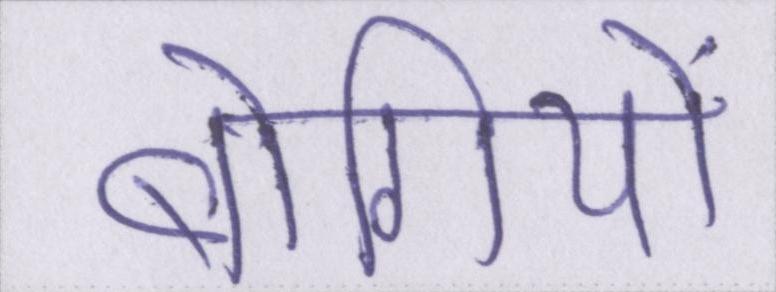
बोगियों